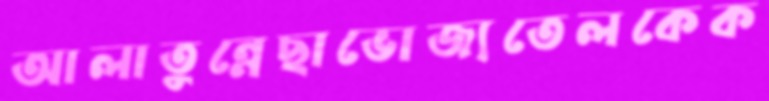
আলাতুন্নেছাভোজ্যতেলকেক